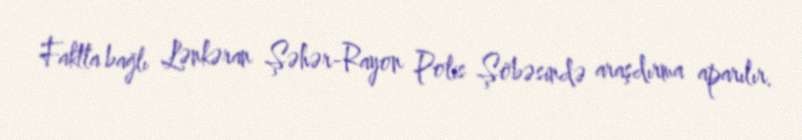
Faktla bağlı Lənkəran Şəhər-Rayon Polis Şöbəsində araşdırma aparılır.